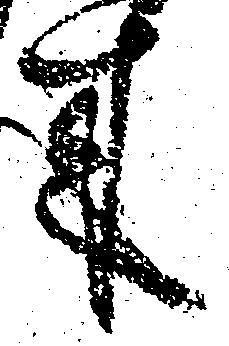
来